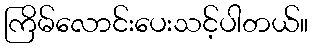
ကြိမ်လောင်းပေးသင့်ပါတယ်။